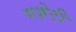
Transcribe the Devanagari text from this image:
वज़ेटी